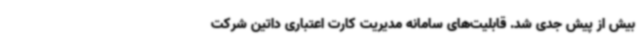
بیش از پیش جدی‌ شد. قابلیت‌های سامانه مدیریت کارت اعتباری داتین شرکت